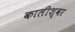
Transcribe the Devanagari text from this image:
कालीश्वर